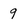
Character: 9